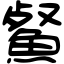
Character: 䱗